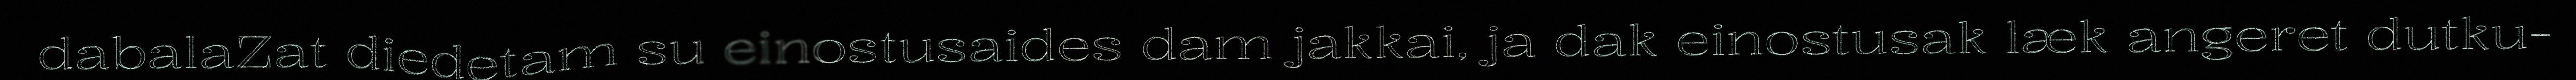
dabalaZat diedetam su einostusaides dam jakkai, ja dak einostusak læk angeret dutku-